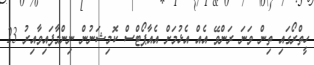
ހީތްރޯގައި ތިން ވަނަ ރަންވޭ އެއް އެޅުމަށް އެއާޕޯޓްސް ކޮމިޝަނުން ނިންމާފައިވާއިރު 23